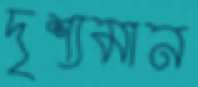
দৃশ্যমান